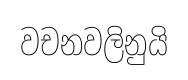
වචනවලිනුයි